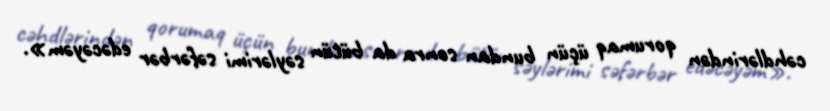
cəhdlərindən qorumaq üçün bundan sonra da bütün səylərimi səfərbər edəcəyəm».